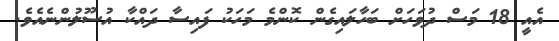
އެއީ 18 މަސް ދުވަހަށް ބަހާލައިގެން ކޮންމެ މަހަކު ފައިސާ ދައްކާ އުސޫލުންނެއެވެ.